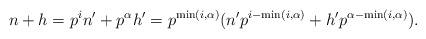
LaTeX: \begin{align*} n+h = p^i n' + p^{\alpha} h' = p^{\min(i,\alpha)} (n' p^{i- \min(i,\alpha)} +h' p^{\alpha- \min(i,\alpha)}). \end{align*}